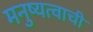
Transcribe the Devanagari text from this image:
मनुष्यत्वाची